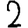
Digit: 2